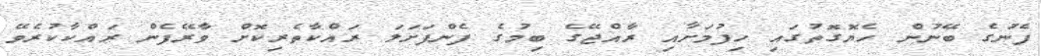
ފެނުގެ ބޭނުން ހެޔޮގޮތުގައި ހިފުމަށާއި ރާއްޖޭގެ ބިމުގެ ފެންފަށަލަ ރައްކާތެރިކޮށް ވާރޭފެން ރައްކާކުރެވޭ